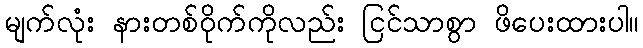
မျက်လုံး နားတစ်ဝိုက်ကိုလည်း ငြင်သာစွာ ဖိပေးထားပါ။